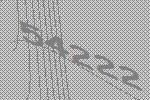
54222